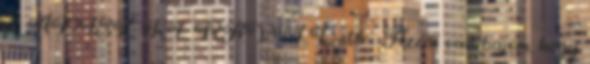
pl. ÁPISZ, KERAVILL, stb. . Azzal van bajom, hogy